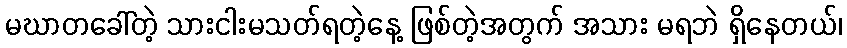
မဃာတခေါ်တဲ့ သားငါးမသတ်ရတဲ့နေ့ ဖြစ်တဲ့အတွက် အသား မရဘဲ ရှိနေတယ်၊